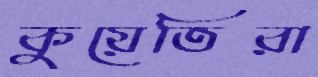
কুয়েতিরা